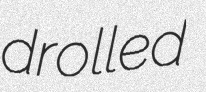
drolled